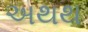
અથથ